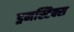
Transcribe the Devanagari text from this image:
ड्रमस्टिक्स